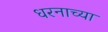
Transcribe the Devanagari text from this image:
धरनाच्या